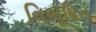
વિભૂષિત